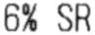
6% SR